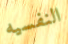
النفسيه